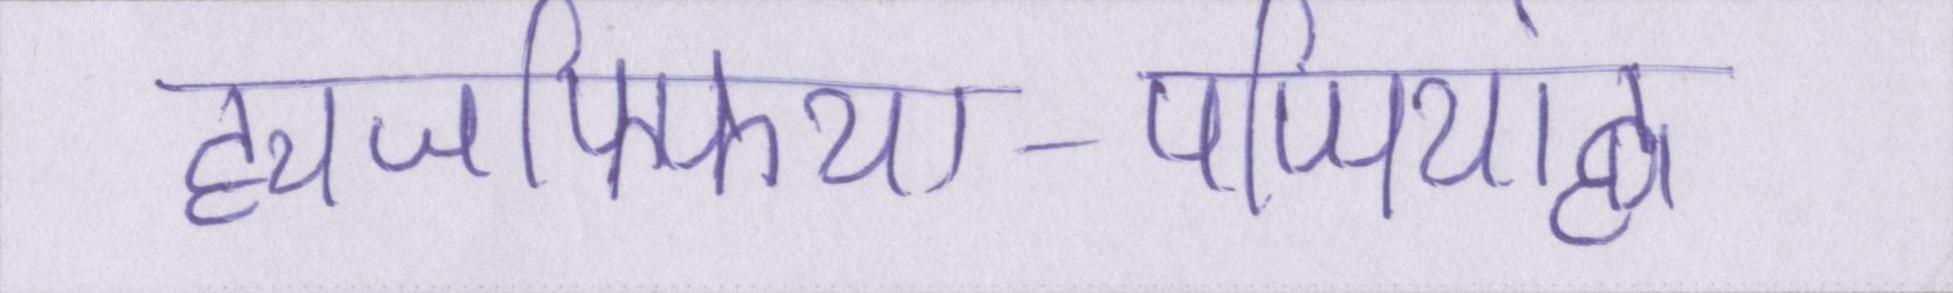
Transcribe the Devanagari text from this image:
ह्यजफ्फिया-पप्पियांह्ण